Vaccination in Bombay 1902-1912 - 1902-1912
Year: 1902
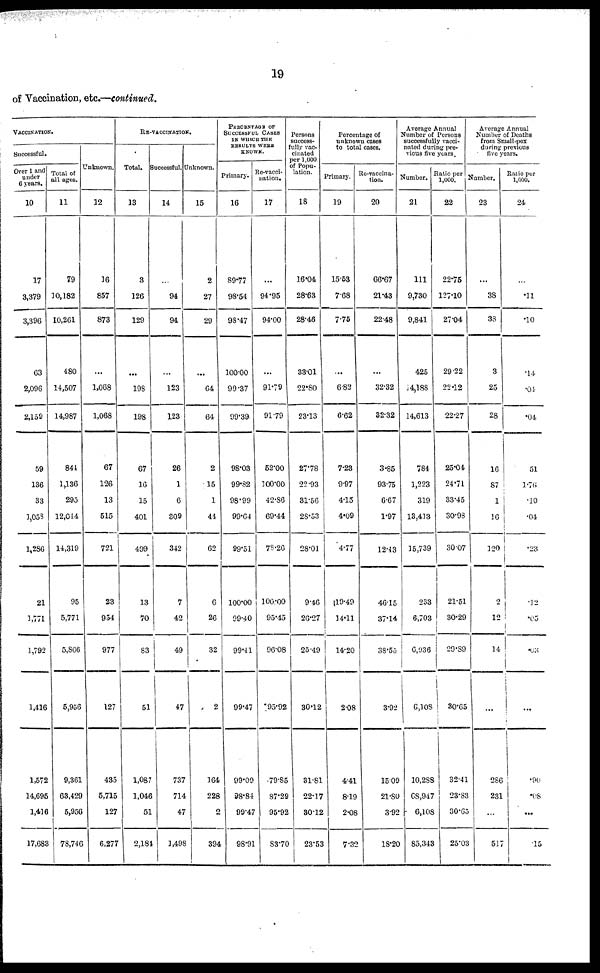
19
of Vaccination, etc.—continued.
VACCINATION.
Successful.
Over 1 and
under
6 years.
10
17
3,379
3,396
63
2,096
2,159
59
136
33
1,053
1,286
21
1,771
1,792
3,416
1,572
14,695
1,416
17,683
Total of
all ages.
11
79
10,182
10,261
480
14,507
14,987
844
1,136
293
12,044
14,319
95
5,771
5,866
5,956
9,361
63,429
5,956
78,746
Unknown.
12
16
857
873
...
1,068
1,068
67
126
13
515
721
23
954
977
127
435
5,715
127
6,277
RE-VACCINATION.
Total.
13
3
126
129
...
198
198
67
16
15
401
499
13
70
83
51
1,087
1,046
51
2,184
Successful.
14
...
94
94
...
123
123
26
1
6
309
342
7
42
49
47
737
714
47
1,498
Unknown.
15
2
27
29
...
64
64
2
15
1
44
62
6
26
32
2
164
228
2
394
PERCENTAGE OF
SUCCESSFUL CASES
IN WHICH THE
RESULTS WERE
KNOWN.
Primary.
16
89.77
98.54
98.47
100.00
99.37
99.39
98.03
99.82
98.99
99.64
99.51
100.00
99.40
99.41
99.47
99.09
98.84
99.47
98.91
Re-vacci-
nation.
17
...
94.95
94.00
...
91.79
91.79
52.00
100.00
42.86
69.44
78.26
100.00
95.45
96.08
95.92
79.85
87.29
95.92
83.70
Persons
success-
fully vac-
cinated
per 1,000
of Popu-
lation.
18
16.04
28.63
28.46
33.01
22.80
23.13
27.78
22.93
31.56
28.53
28.01
9.46
26.27
25.49
30.12
31.81
22.17
30.12
23.53
Percentage of
unknown cases
to total cases.
Primary.
19
15.53
7.68
7.75
...
6.82
6.62
7.23
9.97
4.15
4.09
4.77
19.49
14.11
14.20
2.08
4.41
8.19
2.08
7.32
Re-vaccina-
tion.
20
66.67
21.43
22.48
...
32.32
32.32
3.85
93.75
6.67
1.97
12.43
46.15
37.14
38.55
3.92
15.09
21.80
3.92
18.20
Average Annual
Number of Persons
successfully vacci-
nated during pre-
vious five years.
Number.
21
111
9,730
9,841
425
14,188
14,613
784
1,223
319
13,413
15,739
233
6,703
6,936
6,108
10,288
68,947
6,108
85,343
Ratio per
1,000.
22
22.75
127.10
27.04
29.22
22.12
22.27
25.04
24.71
33.45
30.98
30.07
21.51
30.29
29.89
30.65
32.41
23.83
30.65
25.03
Average Annual
Number of Deaths
from Small-pox
during previous
five years.
Number.
23
...
38
38
3
25
28
16
87
1
16
120
2
12
14
...
286
231
...
517
Ratio per
1,000.
24
...
.11
.10
.14
.04
.04
51
1.76
.10
.04
.23
.12
.05
.03
...
.90
.08
...
.15